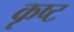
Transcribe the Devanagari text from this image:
कृष्ट